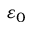
\varepsilon _ { 0 }